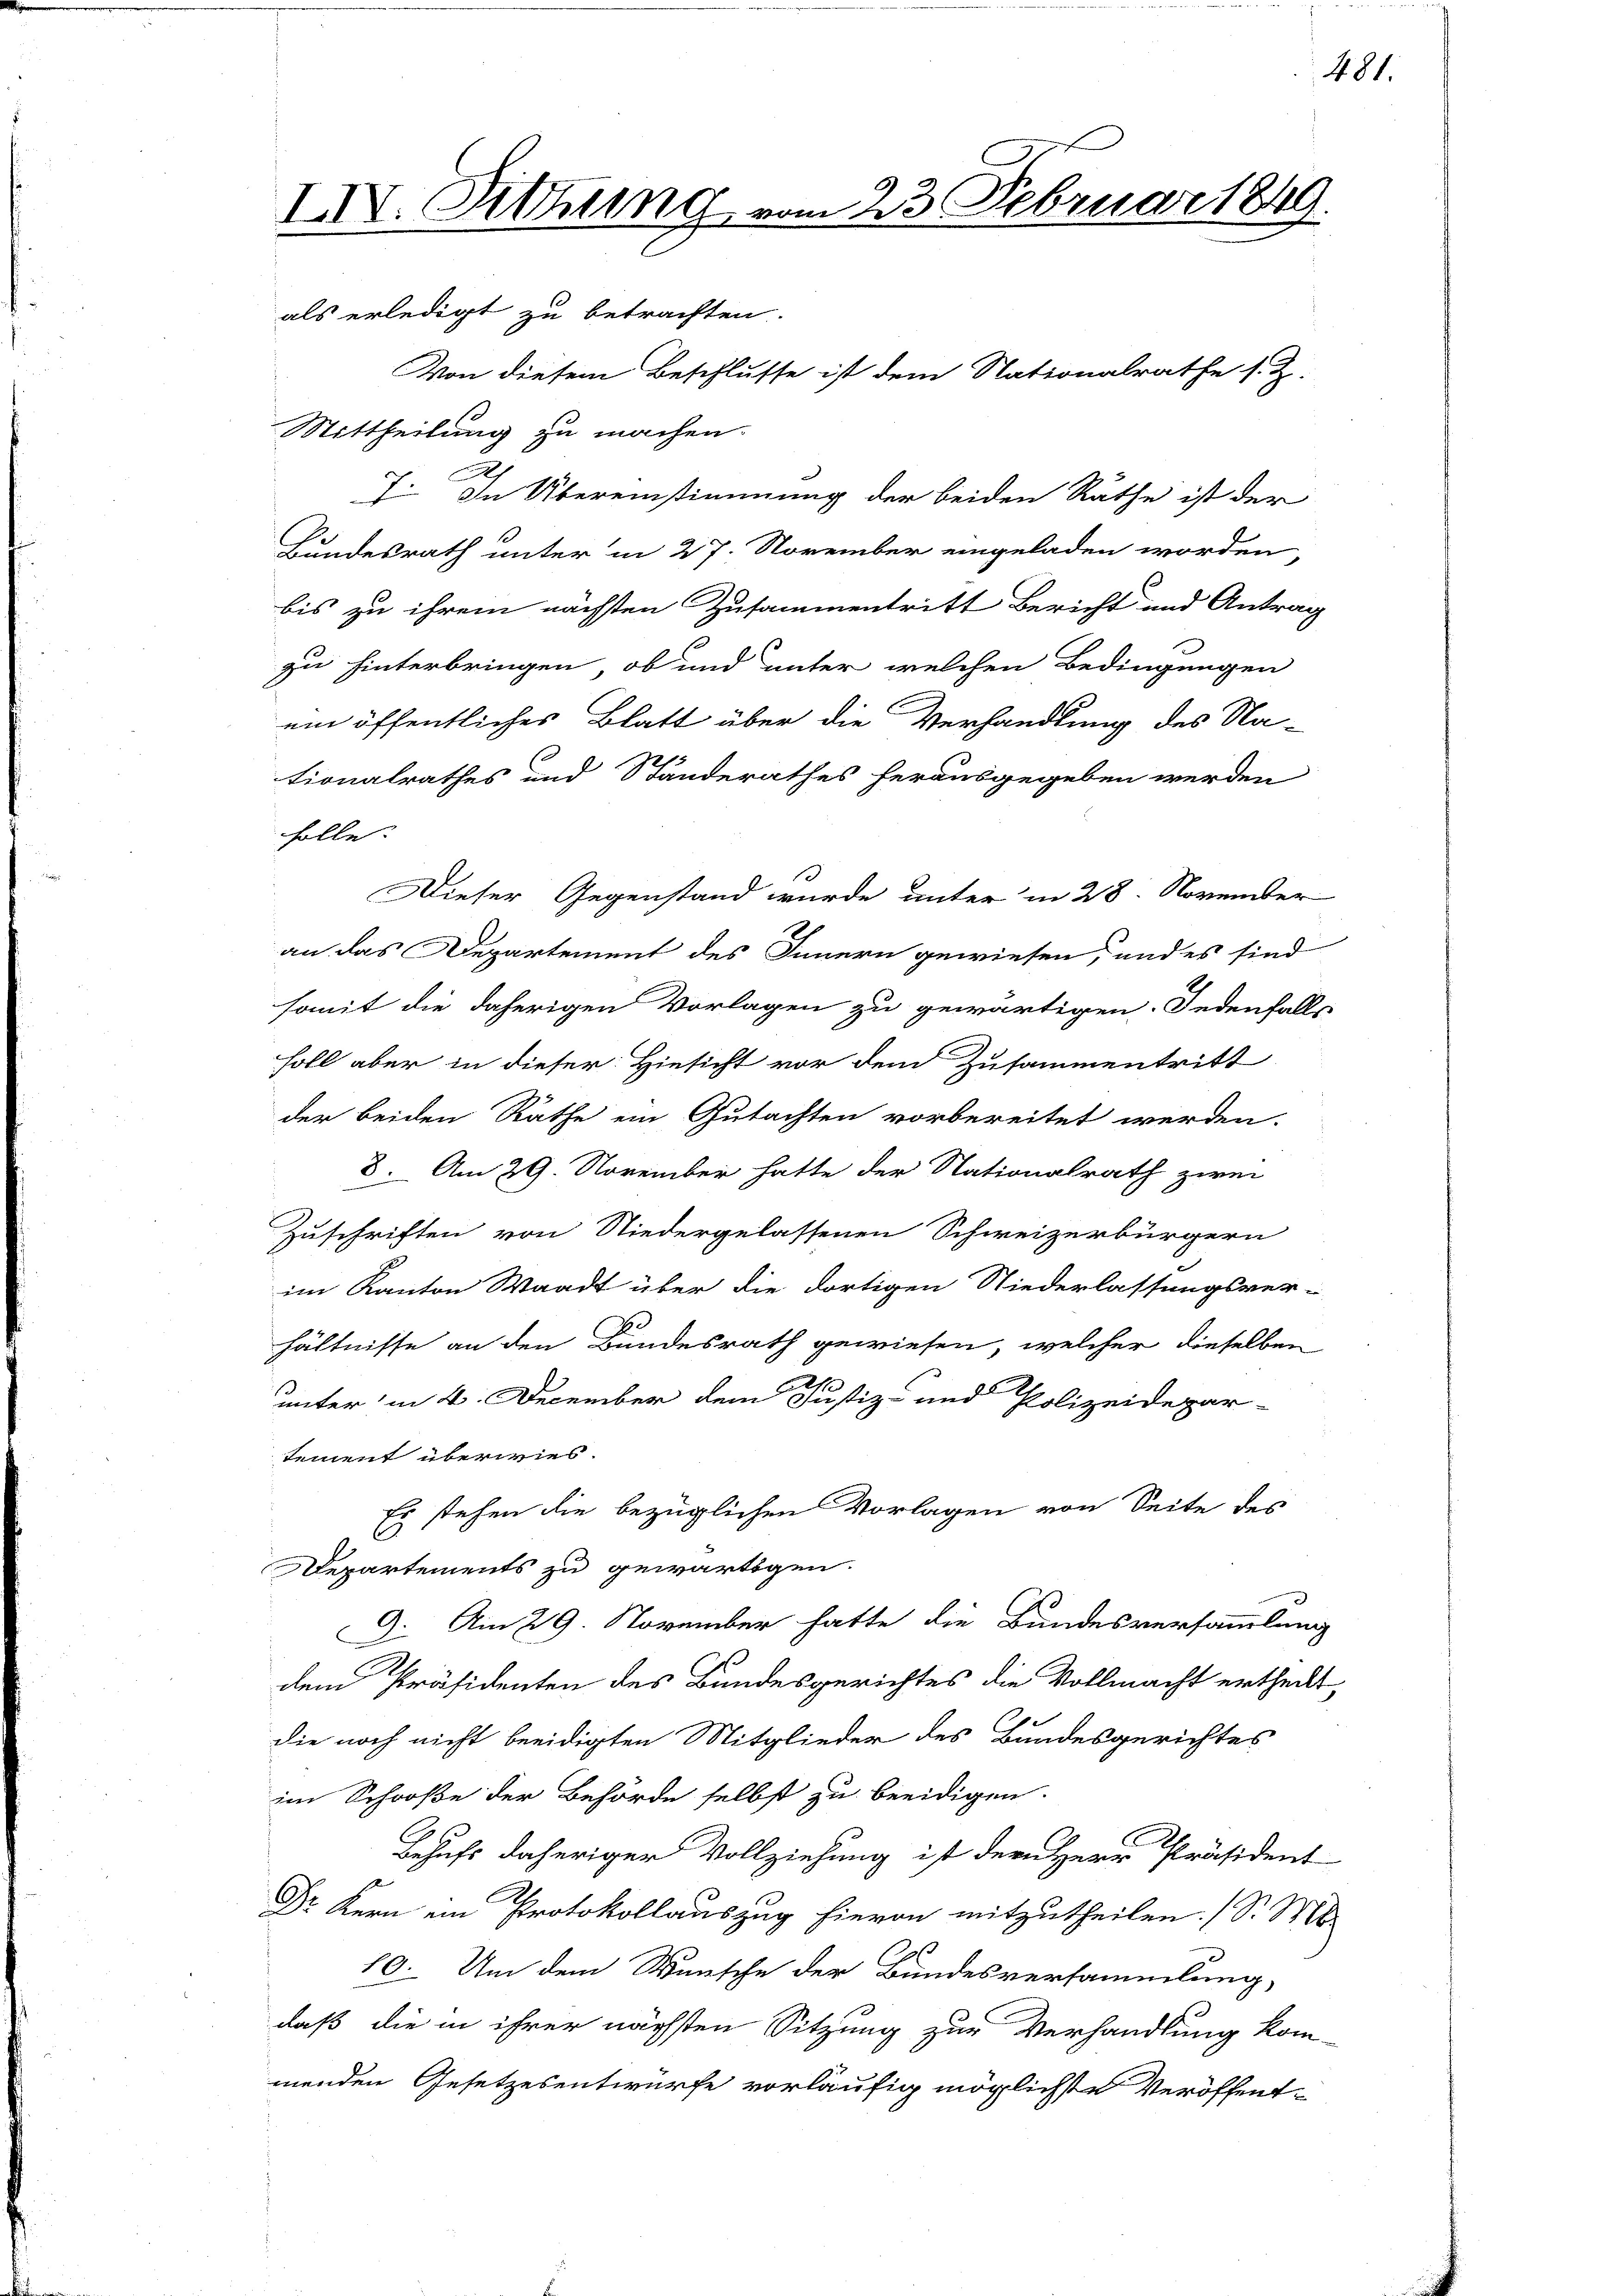
IV. Sitzung vom 23. Februar 1849.
als erledigt zu betrachten.

Von diesem Beschlusse ist dem Nationalrathe s. Z.
Mittheilung zu machen.
7. In Übereinstimmung der beiden Räthe ist der
e
Bundesrath unter in 27. November eingeladen worden,
bis zu ihrem nächsten Zusammentritt Bericht und Antrag
zu hinterbringen, ob und unter welchen Bedingungen
ein öffentliches Blatt über die Verhandlung des Na-
tionalrathes und Standerathes herausgegeben werden
holle.
Dieser Gegenstand wurde unter in 28. November
an das Departement des Innern gewiesen, und es sind
somit die daherigen Vorlagen zu gewärtigen. Jedenfalls
soll aber in dieser Hinsicht vor dem Zusammentritt
der beiden Räthe ein Gutachten vorbereitet werden.
8. Am 29. November hatte der Nationalrath zwei
Zuschriften von Niedergelassenen Schweizerbürgern
im Kanton Waadt über die dortigen Niederlassungsver-
E
hältnisse an den Bundesrath gewiesen, welcher dieselben
2
unter in 4. December dem Justiz- und Polizeidepar-
tement überwies.
Es stehen die bezüglichen Vorlagen von Seite des
Departements zu gewärtigen.
9. Am 29. November hatte die Bundesversammlung
dem Präsidenten des Bundesgerichtes die Vollmacht ertheilt,
die noch nicht beeidigten Mitglieder des Bundesgerichtes
im Schooße der Behörde selbst zu beeidigen.
Behufs daheriger Vollziehung ist der Herr Präsident
Dr Kern ein Protokollauszug hievon mitzutheilen. (S. Mt
10. Um dem Wunsche der Bundesversammlung,
daß die in ihrer nächsten Sitzung zur Verhandlung kom-
menden Gesetzesentwurfe vorläufig möglichste Veröffent¬

481.